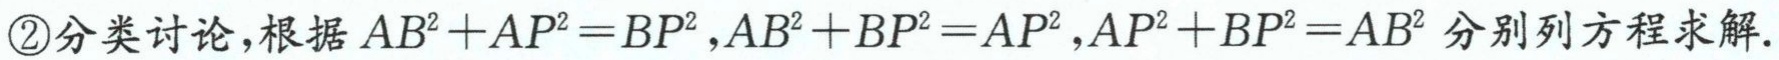
\textcircled{2}分类讨论，根据 \(AB^{2}+AP^{2}=BP^{2},AB^{2}+BP^{2}=AP^{2},AP^{2}+BP^{2}=AB^{2}\) 分别列方程求解.